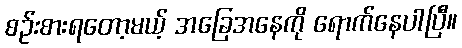
စဉ်းစားရတော့မယ့် အခြေအနေကို ရောက်နေပါပြီ။